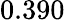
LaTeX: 0.390